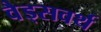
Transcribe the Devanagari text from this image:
वैड्सवर्थ